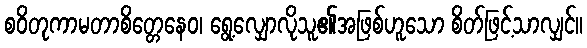
စဝိတုကာမတာစိတ္တေနေဝ၊ ရွေ့လျှောလိုသူ၏အဖြစ်ဟူသော စိတ်ဖြင့်သာလျှင်။